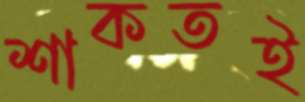
শাকতই